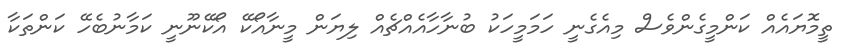
ތީމޮޔައެއް ކަންމީގެންވެސް މިއެގެނީ ހަމަމީހަކު ބުނާހާއެއްޗެއް ލިޔަން މީނާއޯކޭ އޯކޭނޫނީ ކަމާނުބެހޭ ކަންތަކާ